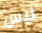
ليس